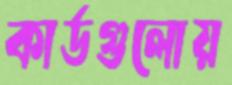
কার্ডগুলোয়